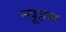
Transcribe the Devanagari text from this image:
न्यूहम